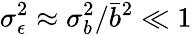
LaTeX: \sigma_{\epsilon}^{2}\approx\sigma_{b}^{2}/\bar{b}^{2}\ll 1